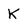
Character: K